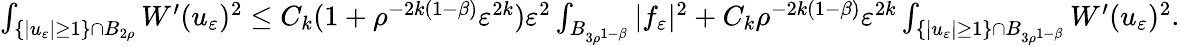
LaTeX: \begin{array}{r}{\int_{\{ |u_{\varepsilon}|\geq 1\} \cap B_{2\rho}}W^{\prime}(u_{\varepsilon})^{2}\leq C_{k}(1+\rho^{-2k(1-\beta)}\varepsilon^{2k})\varepsilon^{2}\int_{B_{3\rho^{1-\beta}}}|f_{\varepsilon}|^{2}+C_{k}\rho^{-2k(1-\beta)}\varepsilon^{2k}\int_{\{ |u_{\varepsilon}|\geq 1\} \cap B_{3\rho^{1-\beta}}}W^{\prime}(u_{\varepsilon})^{2}.}\end{array}